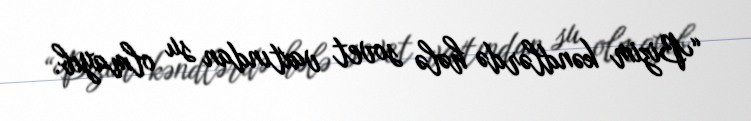
“Bizim kəndlərdə hələ sovet vaxtından su olmayıb.